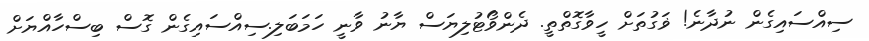
ސިއްސައިގެން ނުދާނެ! ޥަގުތަށް ހީވާގޮތްތީ. ދެންވޯޓުލިޔަސް ޔާނު ވާނީ ހަމަބަލި.ސިއްސައިގެން ގޮސް ބިސްހާއްޔަށް